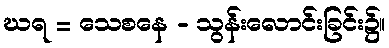
ဃရ = သေစနေ - သွန်းလောင်းခြင်း၌။